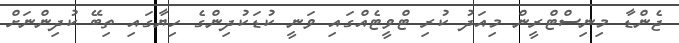
ޖެންޑާ މިނިސްޓްރީން މިއަދު ކުރި ޓްވީޓެއްގައި ވަނީ ކުޑަކުދިންގެ ހިޔާގައި ތިބޭ ކުދިންނަށް